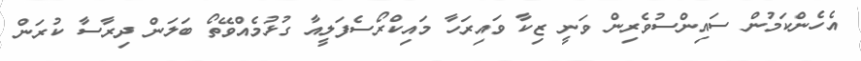
އެހެންކަމުން ސައިންސުވެރިން ވަނީ ޒިކާ ވައިރަހާ މައިކްރޯސެފަލީއާ ގުޅުމެއްވޭތޯ ބަލަން ދިރާސާ ކުރަން